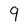
Character: 9